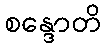
စန္ဒောတိ